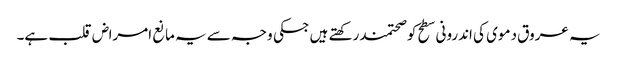
یہ عروق دموی کی اندرونی سطح کوصحتمند رکھتے ہیں جسکی وجہ سے یہ مانع امراض قلب ہے۔